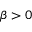
\beta > 0